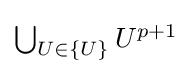
{\textstyle \bigcup _{U\in \{U\}}U^{p+1}}